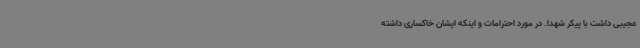
عجیبی داشت با پیکر شهدا. در مورد احترامات و اینکه ایشان خاکساری داشته